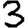
Digit: 3